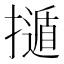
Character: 𢶿